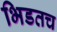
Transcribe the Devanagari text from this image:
भिडतच